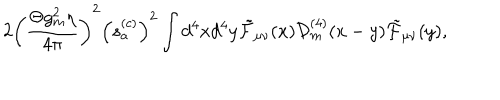
LaTeX: 2 \left( \frac { \Theta g _ { m } ^ { 2 } \eta } { 4 \pi } \right) ^ { 2 } \left( s _ { a } ^ { ( c ) } \right) ^ { 2 } \int d ^ { 4 } x d ^ { 4 } y \tilde { \cal F } _ { \mu \nu } ( x ) { \cal D } _ { m } ^ { ( 4 ) } ( x - y ) \tilde { \cal F } _ { \mu \nu } ( y ) ,